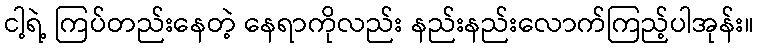
ငါ့ရဲ့ ကြပ်တည်းနေတဲ့ နေရာကိုလည်း နည်းနည်းလောက်ကြည့်ပါအုန်း။